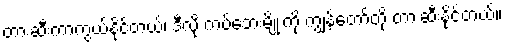
တားဆီးကာကွယ်နိုင်တယ်၊ ဒီလို ကပ်ဘေးမျိုးကို ကျွန်တော်တို့ တားဆီးနိုင်တယ်။